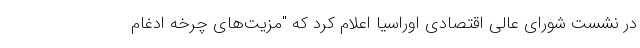
در نشست شورای عالی اقتصادی اوراسیا اعلام کرد که "مزیت‌های چرخه ادغام